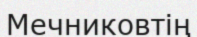
Мечниковтің